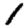
Digit: 1